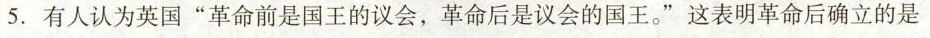
5.有人认为英国”革命前是国王的议会，革命后是议会的国王。”这表明革命后确立的是